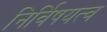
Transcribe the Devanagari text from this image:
निर्विषयत्व